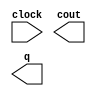
module lpm_color1 (
	clock,
	cout,
	q);

	input	  clock;
	output	  cout;
	output	[19:0]  q;

endmodule